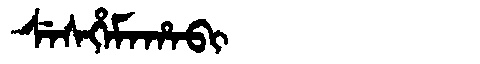
Manchu: ᠰᡝᠰᡥᡝᠮᠠᡥᠠᠪᡳ
Romanization: SESHEMAHABI